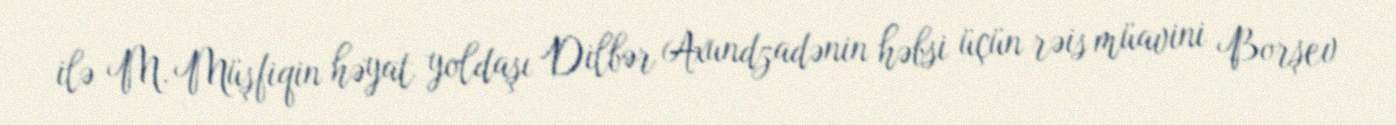
ilə M. Müşfiqin həyat yoldaşı Dilbər Axundzadənin həbsi üçün rəis müavini Borşev